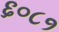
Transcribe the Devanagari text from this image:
६०८१